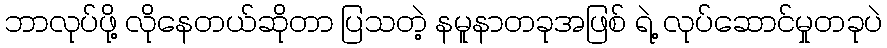
ဘာလုပ်ဖို့ လိုနေတယ်ဆိုတာ ပြသတဲ့ နမူနာတခုအဖြစ် ရဲ့ လုပ်ဆောင်မှုတခုပဲ